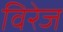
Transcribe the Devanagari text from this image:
विरेज